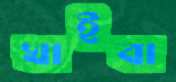
খাইবা